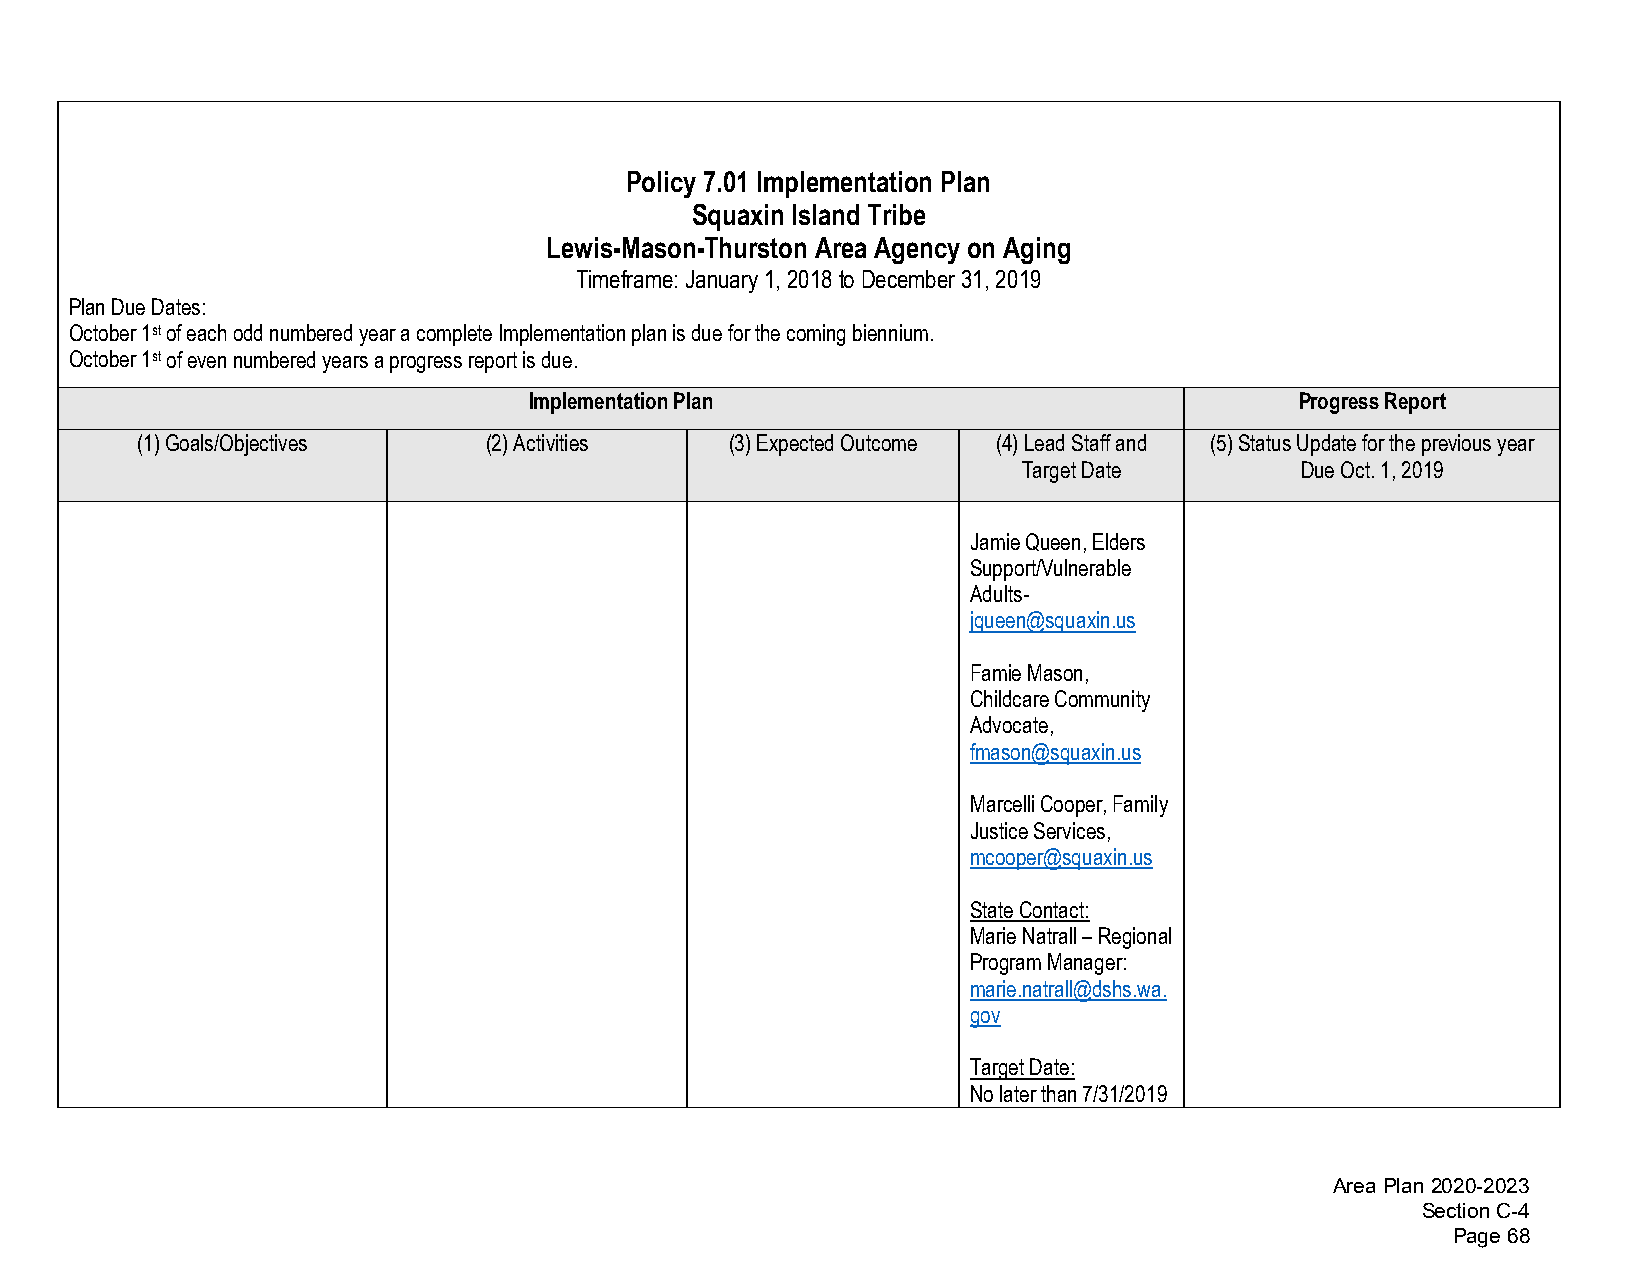
Policy 7.01 Implementation Plan
 Squaxin Island Tribe
 Lewis-Mason-Thurston Area Agency on Aging
 Timeframe: January 1, 2018 to December 31, 2019
 Plan Due Dates:
 October 1st of each odd numbered year a complete Implementation plan is due for the coming biennium.
 October 1st of even numbered years a progress report is due.
 Implementation Plan                                Progress Report
 (1)Goals/Objectives    (2)Activities   (3)Expected Outcome (4)Lead Staff and (5)Status Update for the previous year
 Target Date       Due Oct. 1, 2019
 Jamie Queen, Elders
 Support/Vulnerable
 Adults-
 jqueen@squaxin.us
 Famie Mason,
 Childcare Community
 Advocate,
 fmason@squaxin.us
 Marcelli Cooper, Family
 Justice Services,
 mcooper@squaxin.us
 State Contact:
 Marie Natrall – Regional
 Program Manager:
 marie.natrall@dshs.wa.
 gov
 Target Date:
 No later than 7/31/2019
 Area Plan 2020-2023
 Section C-4
 Page 68